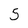
Character: 5